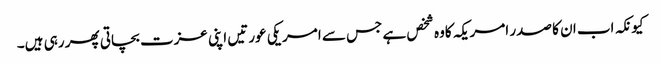
کیونکہ اب ان کا صدر امریکہ کاوہ شخص ہے جس سے امریکی عورتیں اپنی عزت بچاتی پھر رہی ہیں۔